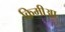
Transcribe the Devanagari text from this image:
क्रिमीआ